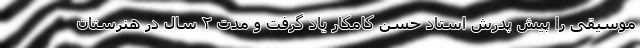
موسیقی را پیش پدرش استاد حسن کامکار یاد گرفت و مدت ۲ سال در هنرستان